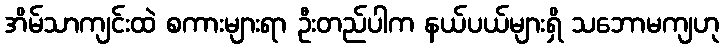
အိမ်သာကျင်းထဲ စကားများရာ ဦးတည်ပါက နယ်ပယ်များရှိ သဘောမကျဟု